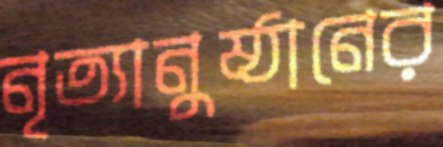
নৃত্যানুষ্ঠানের